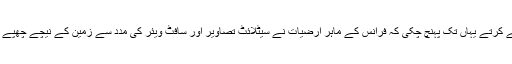
دوسری طرف آئی ٹی اور سائنس میں دنیا ترقی کرتے کرتے یہاں تک پہنچ چکی کہ فرانس کے ماہرِ ارضیات نے سیٹلائٹ تصاویر اور سافٹ ویئر کی مدد سے زمین کے نیچے چھپے آبی ذخائر کا پتا لگانے کے کامیاب تجربات کر لیے۔